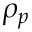
\rho _ { p }